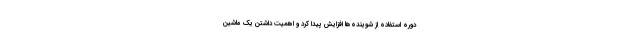
دوره استفاده از شوینده‌ها افزایش پیدا کرد و اهمیت داشتن یک ماشین